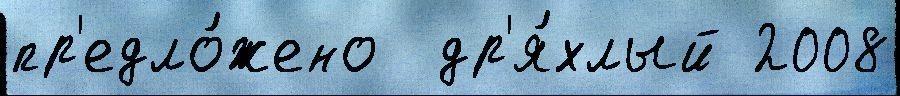
пр'едло́жено  др'я́хлый 2008